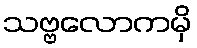
သဗ္ဗလောကမှိ